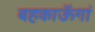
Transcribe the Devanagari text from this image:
बहकाऊॅगां